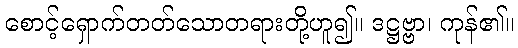
စောင့်ရှောက်တတ်သောတရားတို့ဟူ၍။ ဒဋ္ဌဗ္ဗာ၊ ကုန်၏။